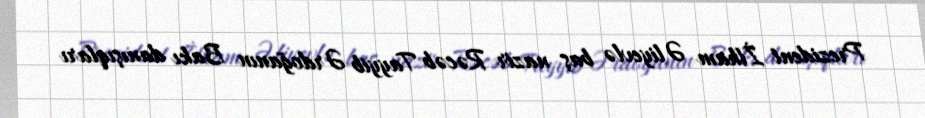
Prezident İlham Əliyevlə baş nazir Rəcəb Tayyib Ərdoğanın Bakı danışıqları